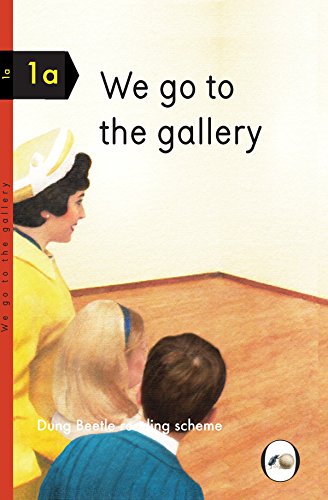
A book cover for We Go to the Gallery; Miriam Elia; Humor & Entertainment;